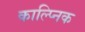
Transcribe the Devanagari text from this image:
काल्प्निक